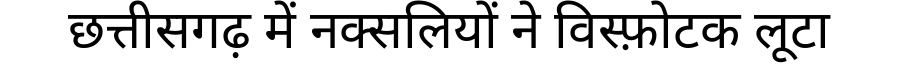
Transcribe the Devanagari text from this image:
छत्तीसगढ़ में नक्सलियों ने विस्फ़ोटक लूटा